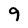
Character: 9